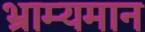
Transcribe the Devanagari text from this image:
भ्राम्यमान